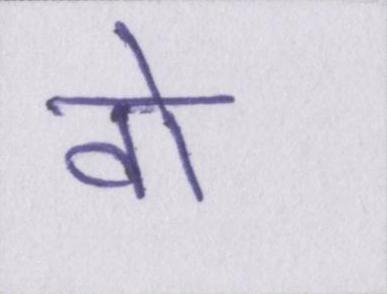
वो